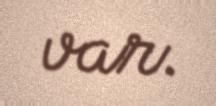
var.